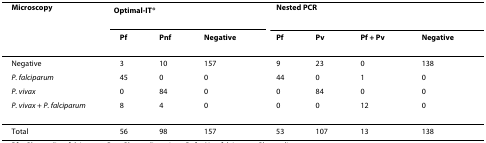
<table><thead><tr><td><b>Microscopy</b></td><td colspan="3"><b>Optimal-IT<sup>®</sup></b></td><td colspan="4"><b>Nested PCR</b></td></tr><tr><td></td><td><b>Pf</b></td><td><b>Pnf</b></td><td><b>Negative</b></td><td><b>Pf</b></td><td><b>Pv</b></td><td><b>Pf + Pv</b></td><td><b>Negative</b></td></tr></thead><tbody><tr><td>Negative</td><td>3</td><td>10</td><td>157</td><td>9</td><td>23</td><td>0</td><td>138</td></tr><tr><td><i>P. falciparum</i></td><td>45</td><td>0</td><td>0</td><td>44</td><td>0</td><td>1</td><td>0</td></tr><tr><td><i>P. vivax</i></td><td>0</td><td>84</td><td>0</td><td>0</td><td>84</td><td>0</td><td>0</td></tr><tr><td><i>P. vivax </i>+ <i>P. falciparum</i></td><td>8</td><td>4</td><td>0</td><td>0</td><td>0</td><td>12</td><td>0</td></tr><tr><td>Total</td><td>56</td><td>98</td><td>157</td><td>53</td><td>107</td><td>13</td><td>138</td></tr></tbody></table>